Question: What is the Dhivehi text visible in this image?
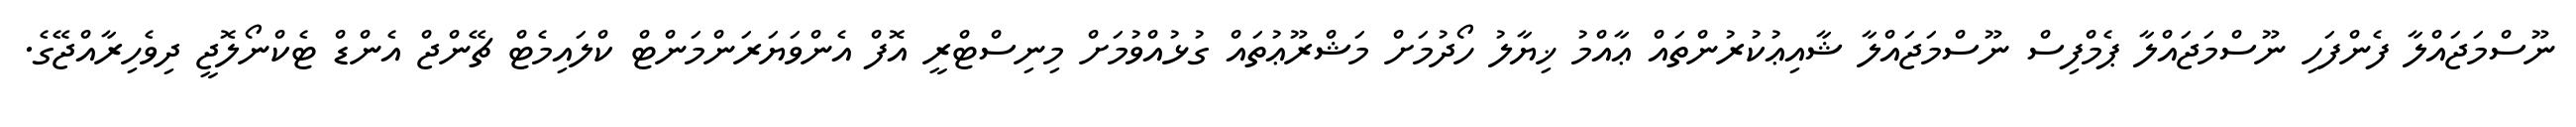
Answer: ނޫސްމަޖައްލާ ފެންފަހި ނޫސްމަޖައްލާ ޕެމްފިސް ނޫސްމަޖައްލާ ޝާއިޢުކުރުންތައް ޢާއްމު ޚިޔާލު ހޯދުމަށް މަޝްރޫޢުތައް ގުޅުއްވުމަށް މިނިސްޓްރީ އޮފް އެންވަޔަރަންމަންޓް ކްލައިމެޓް ޗޭންޖް އެންޑް ޓެކްނޯލޮޖީ ދިވެހިރާއްޖޭގެ.